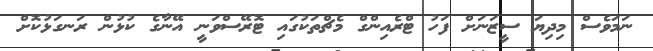
ނަމަވެސް މިދިޔަ ސީޒަނަށް ފަހު ޓްރެއިންގް މެޗްތަކުގައި ޓޮރޭސްވަނީ އޭނާގެ ކުޅުން ރަނގަޅުކޮށް